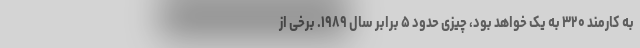
به کارمند ۳۲۰ به یک خواهد بود، چیزی حدود ۵ برابر سال ۱۹۸۹. برخی از